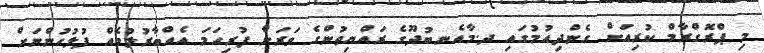
މި ޕްރޮގްރާމް ކުރިއަށް ގެންދިއުމުގައި ދ.މާއެނބުދޫގެ ރައްޔިތުންގެ ވަރަށް ފުރިހަމަ އެއްބާރުލުމެއް ފުލުހުންނަށް